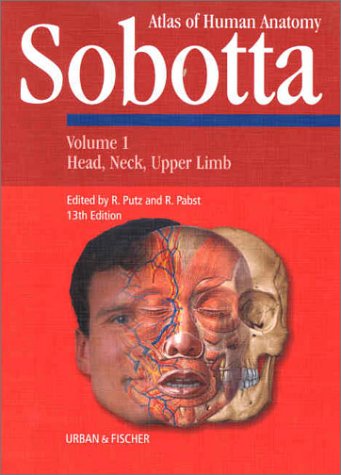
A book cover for Sobotta Atlas of Human Anatomy: English Text with English Nomenclature (Vol 1 and 2); R. Putz; Medical Books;